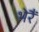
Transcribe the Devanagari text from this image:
भेरैं